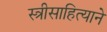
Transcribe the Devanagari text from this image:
स्त्रीसाहित्याने